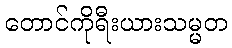
တောင်ကိုရီးယားသမ္မတ